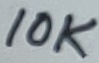
Text: 10K